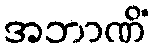
အဘာဏိံ